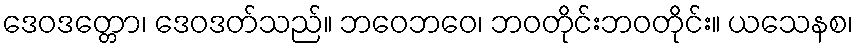
ဒေဝဒတ္တော၊ ဒေဝဒတ်သည်။ ဘဝေဘဝေ၊ ဘဝတိုင်းဘဝတိုင်း။ ယသေနစ၊